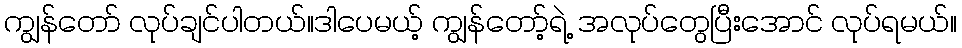
ကျွန်တော် လုပ်ချင်ပါတယ်။ဒါပေမယ့် ကျွန်တော့်ရဲ့ အလုပ်တွေပြီးအောင် လုပ်ရမယ်။